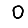
Digit: 0